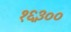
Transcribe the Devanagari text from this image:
१६३००